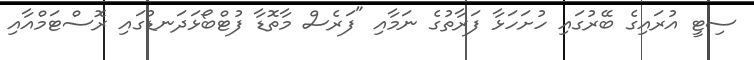
ސިޓީ އުރައިގެ ބޭރުގައި ހުށަހަޅާ ފަރާތުގެ ނަމާއި "ފަރެސް މާތޮޑާ ފުޓްބޯޅަދަނޑުގައި ރޮސްޓަމްއާއި